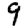
Digit: 9